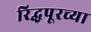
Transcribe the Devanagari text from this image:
रिद्धपूरच्या